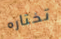
تختاره